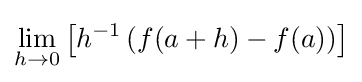
\lim _{h\to 0}\left[h^{-1}\left(f(a+h)-f(a)\right)\right]